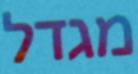
מגדל